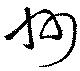
州